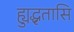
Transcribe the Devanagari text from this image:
ह्युद्धृतासि